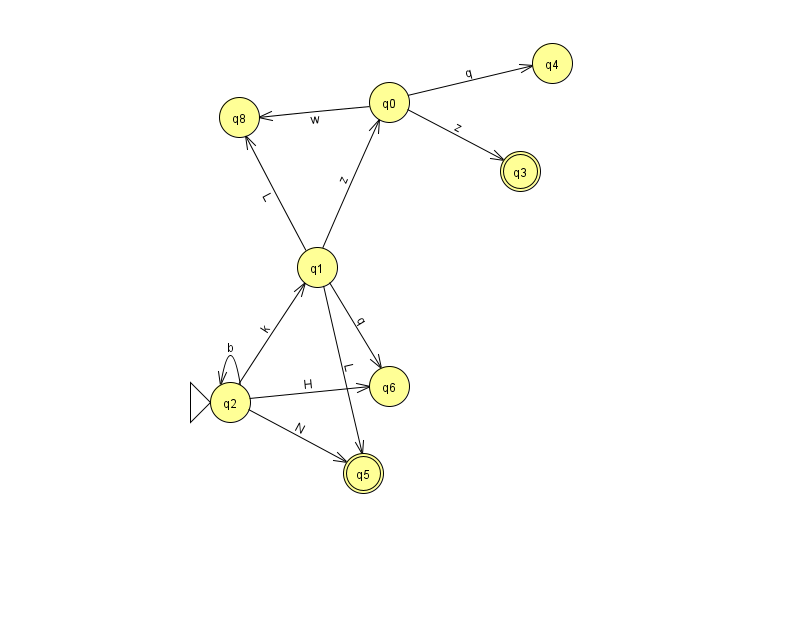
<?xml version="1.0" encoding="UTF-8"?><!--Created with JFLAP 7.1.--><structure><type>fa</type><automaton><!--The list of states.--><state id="0" name="q0"><x>389.0</x><y>89.0</y></state><state id="1" name="q1"><x>317.0</x><y>254.0</y></state><state id="2" name="q2"><x>230.0</x><y>389.0</y><initial/></state><state id="3" name="q3"><x>520.0</x><y>158.0</y><final/></state><state id="4" name="q4"><x>552.0</x><y>50.0</y></state><state id="5" name="q5"><x>363.0</x><y>460.0</y><final/></state><state id="6" name="q6"><x>389.0</x><y>373.0</y></state><state id="8" name="q8"><x>239.0</x><y>104.0</y></state><!--The list of transitions.--><transition><from>2</from><to>5</to><read>N</read></transition><transition><from>2</from><to>6</to><read>H</read></transition><transition><from>2</from><to>2</to><read>b</read></transition><transition><from>2</from><to>1</to><read>k</read></transition><transition><from>0</from><to>8</to><read>w</read></transition><transition><from>1</from><to>6</to><read>q</read></transition><transition><from>1</from><to>0</to><read>z</read></transition><transition><from>1</from><to>5</to><read>L</read></transition><transition><from>1</from><to>8</to><read>L</read></transition><transition><from>0</from><to>3</to><read>z</read></transition><transition><from>0</from><to>4</to><read>q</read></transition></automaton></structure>